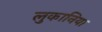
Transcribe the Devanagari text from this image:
लुकानिया